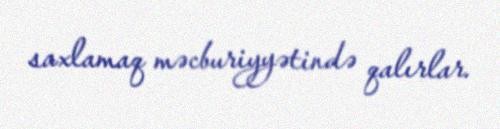
saxlamaq məcburiyyətində qalırlar.